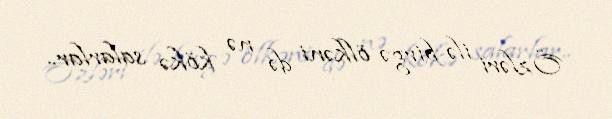
Özləri ilə birgə ölkəni də nə kökə salarlar..